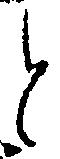
と